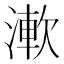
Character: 𣼴